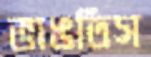
ভাঙতিস